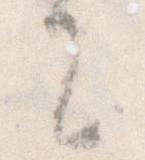
に